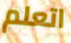
اتعلم